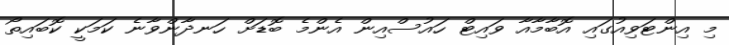
މި އިންޓަވިއުގައި އޮބާމާއާ ވައިޓް ހައުސްއިން އެންމެ ބޮޑަށް ހަނދާންވާނެ ކަމަކީ ކޮބައިތޯ